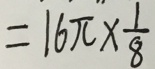
= 1 6 \pi \times \frac { 1 } { 8 }